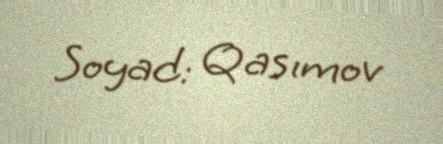
Soyad: Qasımov